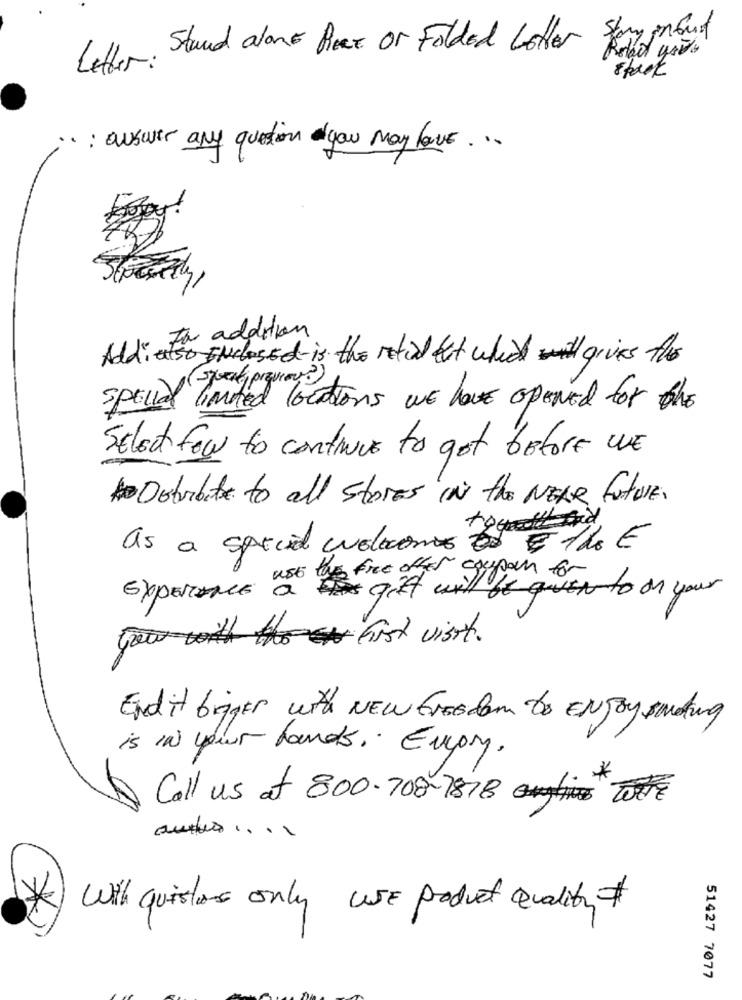
Letter: Stand alone Piece or Folded Letter Story ginGust
Robot you.
spack
·: answer any question you may have ...
Fa addition
Addi also INclosed is the retid but which gives the
(-just, previous?)
special limited locations we have opened for the
SELEt few to continue to get before WE
Ostribute to all stores IN the NEAR future.
as a special colocones Es E the E
use the free offer coupon for
ExperInce a gift will be queN to on your
Growthhist visit.
End it briger with NEW freedom to ENJOY souding
is in your hands. Expiry.
Call us at 800.708-1818 ToFFE
With quistos only use product Quality
51427 7077